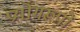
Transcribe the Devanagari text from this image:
प्रयोगरूपों